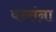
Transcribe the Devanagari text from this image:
वन्संना